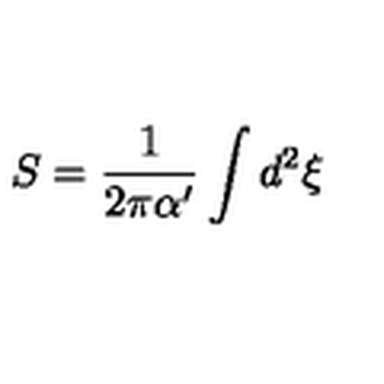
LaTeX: S = \frac { 1 } { 2 \pi \alpha ^ { \prime } } \int d ^ { 2 } \xi